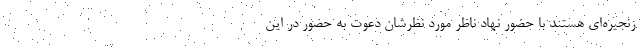
زنجيره‌اي هستند با حضور نهاد ناظر مورد نظرشان دعوت به حضور در اين